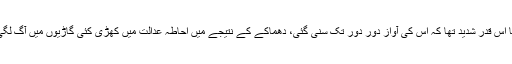
دھماکا اس قدر شدید تھا کہ اس کی آواز دور دور تک سنی گئی، دھماکے کے نتیجے میں احاطہ عدالت میں کھڑی کئی گاڑیوں میں آگ لگی گئی۔